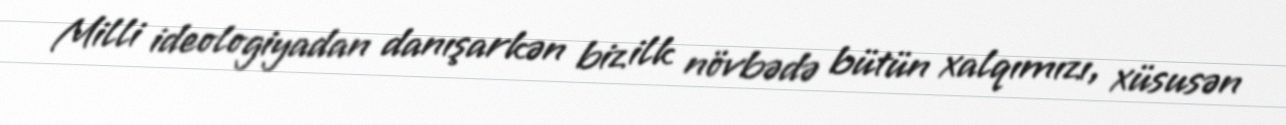
Milli ideologiyadan danışarkən biz ilk növbədə bütün xalqımızı, xüsusən